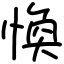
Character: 愌